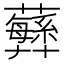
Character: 𧄫